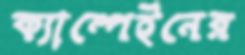
ক্যাম্পেইনের